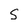
Character: S